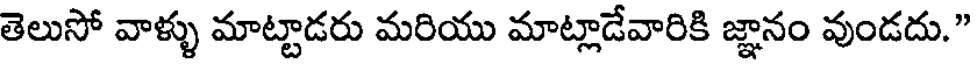
తెలుసో వాళ్ళు మాట్టాడరు మరియు మాట్లాడేవారికి జ్ఞానం వుండదు."